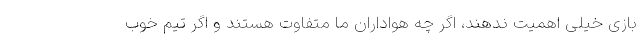
بازی خیلی اهمیت ندهند، اگر چه هواداران ما متفاوت هستند و اگر تیم خوب